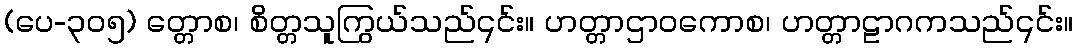
(ပေ-၃၀၅) တ္တောစ၊ စိတ္တသူကြွယ်သည်၎င်း။ ဟတ္တာဌာဝကောစ၊ ဟတ္တာဠာဂကသည်၎င်း။